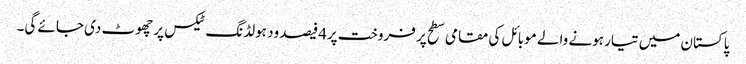
پاکستان میں تیار ہونے والے موبائل کی مقامی سطح پر فروخت پر4فیصد ود ہولڈنگ ٹیکس پر چھوٹ دی جائے گی۔